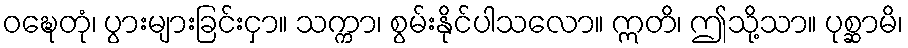
ဝဍ္ဎေတုံ၊ ပွားများခြင်းငှာ။ သက္ကာ၊ စွမ်းနိုင်ပါသလော။ ဣတိ၊ ဤသို့သာ။ ပုစ္ဆာမိ၊